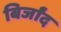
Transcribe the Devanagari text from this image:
बिर्जांद